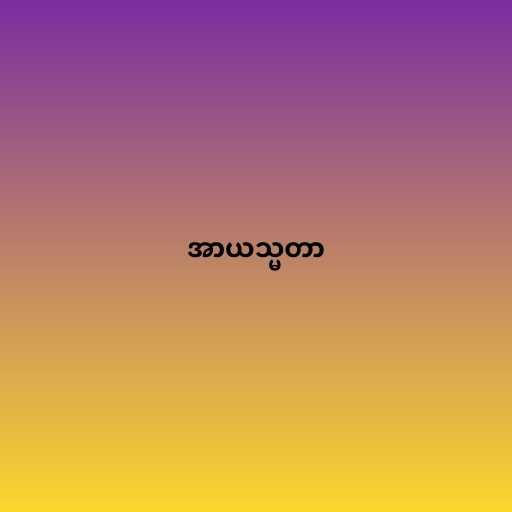
အာယသ္မတာ